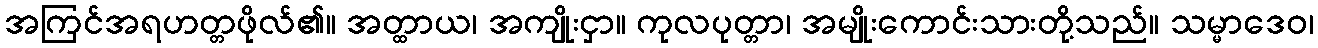
အကြင်အရဟတ္တဖိုလ်၏။ အတ္ထာယ၊ အကျိုးငှာ။ ကုလပုတ္တာ၊ အမျိုးကောင်းသားတို့သည်။ သမ္မာဒေဝ၊